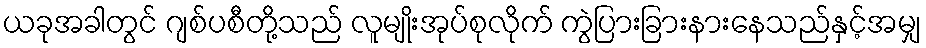
ယခုအခါတွင် ဂျစ်ပစီတို့သည် လူမျိုးအုပ်စုလိုက် ကွဲပြားခြားနားနေသည်နှင့်အမျှ